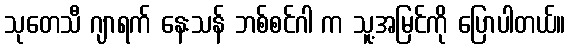
သုတေသီ ဂျာရက် နေးသန် ဘစ်စင်ဂါ က သူ့အမြင်ကို ပြောပါတယ်။